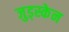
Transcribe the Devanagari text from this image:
जुड्स्केन